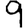
Digit: 9